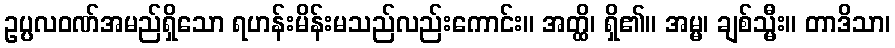
ဥပ္ပလဝဏ်အမည်ရှိသော ရဟန်းမိန်းမသည်လည်းကောင်း။ အတ္ထိ၊ ရှိ၏။ အမ္မ၊ ချစ်သ္မီး။ တာဒိသာ၊